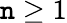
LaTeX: \mathtt{n}\geq1